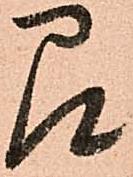
即